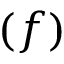
( f )